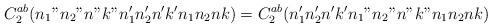
LaTeX: \begin{align*}C^{ab}_2(n_1"n_2"n"k"n_1'n_2'n'k'n_1n_2nk)=C^{ab}_2(n_1'n_2'n'k'n_1"n_2"n"k"n_1n_2nk)\end{align*}